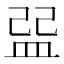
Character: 𥁥